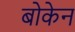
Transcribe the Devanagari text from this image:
बोकेन